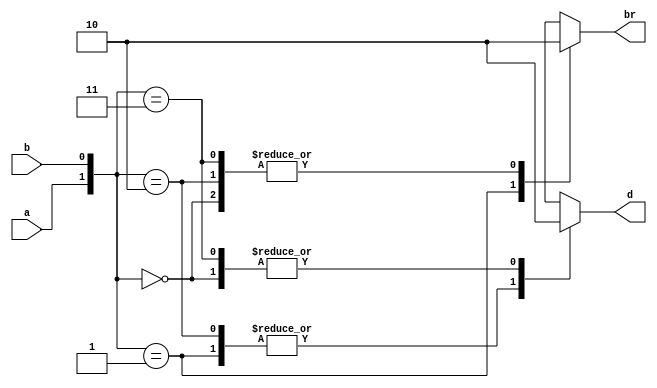
`timescale 1ns / 1ps
//////////////////////////////////////////////////////////////////////////////////
// Company: 
// 
// Design Name: Half Subtractor Behavioral
// Module Name: Half_Subtractor_Behavioral
// Project Name: 
// Target Devices: 
// Tool Versions: Vivado 2021.2
// Description: 
// 
// Dependencies: 
// 
// Revision:
// Revision 0.01 - File Created
// Additional Comments:
// 
//////////////////////////////////////////////////////////////////////////////////


module Half_Subtractor_Behavioral(
    br,     // borrow
    d,      // difference
    a,      // a
    b       // b
    );
    
    output reg br;
    output reg d;
    input a;
    input b;
    
    always@(*)
    begin
        case({a, b})
            2'b00 : 
                begin
                    br = 1'b0;
                    d = 1'b0;        
                end
            
            2'b01 : 
                begin
                    br = 1'b1;
                    d = 1'b1;        
                end
            
            2'b10 : 
                begin
                    br = 1'b0;
                    d = 1'b1;       
                end
            
            2'b11 : 
                begin
                    br = 1'b0;
                    d = 1'b0;        
                end
        endcase
    end
endmodule